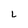
Character: L